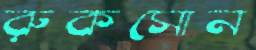
রুকসোন